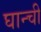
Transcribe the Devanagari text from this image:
घान्ची